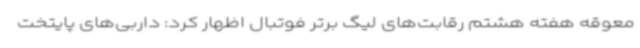
معوقه هفته هشتم رقابت‌های لیگ برتر فوتبال اظهار کرد: داربی‌های پایتخت